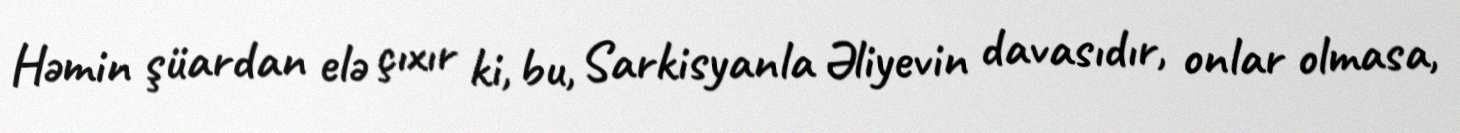
Həmin şüardan elə çıxır ki, bu, Sarkisyanla Əliyevin davasıdır, onlar olmasa,